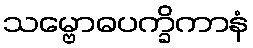
သမ္ဗောဓပက္ခိကာနံ